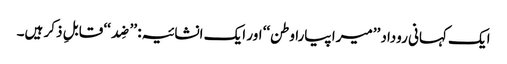
ایک کہانی روداد ’’میرا پیارا وطن‘‘ اور ایک انشائیہ: ’’ضِد‘‘ قابلِ ذکر ہیں۔